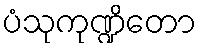
ပံသုကုဏ္ဍိတော